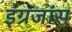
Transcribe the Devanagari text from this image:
इंग्रजांस